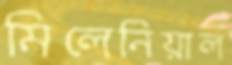
মিলেনিয়াল